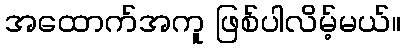
အထောက်အကူ ဖြစ်ပါလိမ့်မယ်။